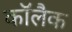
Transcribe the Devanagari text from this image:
कॉलैक